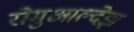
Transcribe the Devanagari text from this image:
रोमुआल्देझ